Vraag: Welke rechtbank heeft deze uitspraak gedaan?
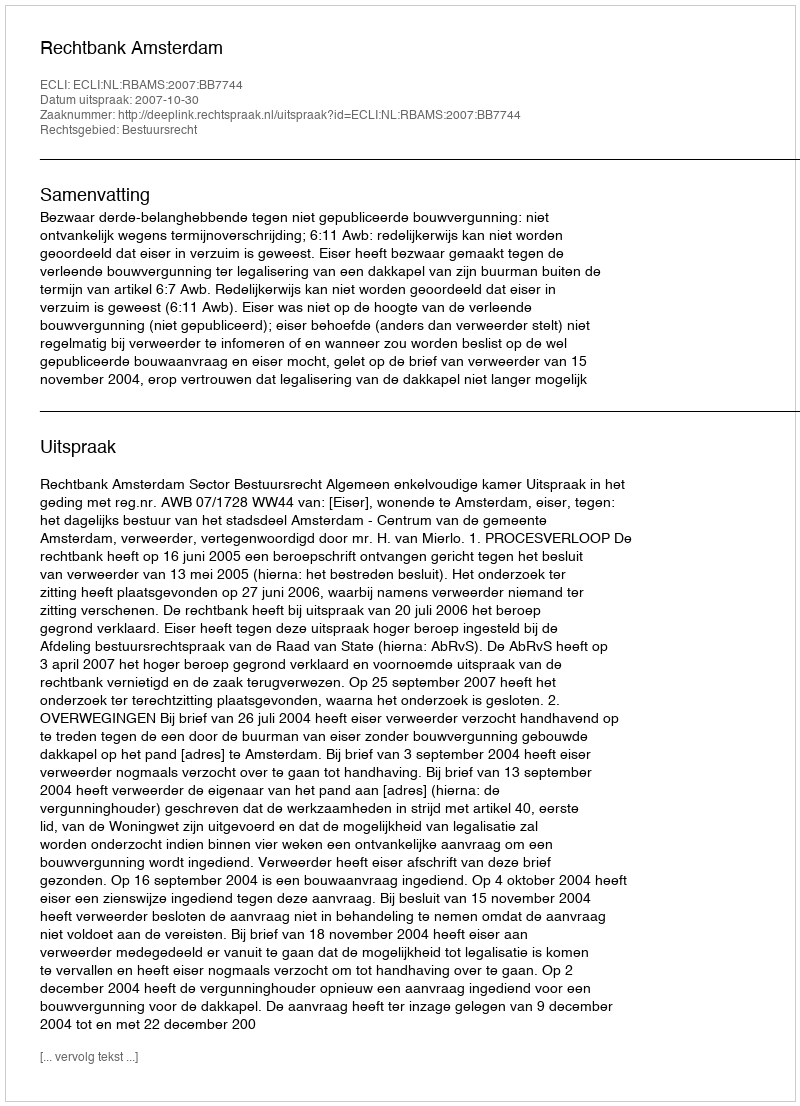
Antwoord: Rechtbank Amsterdam